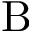
\mathrm { B }